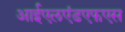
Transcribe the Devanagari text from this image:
आईएलएंडएफएस